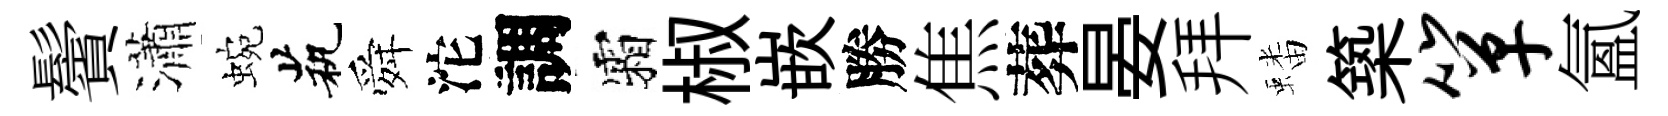
鬢瀟蜿茕舜沱調霜椒嵌勝焦葬晏拜蟠築箪氳